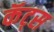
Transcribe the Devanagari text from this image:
कॅट्स